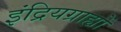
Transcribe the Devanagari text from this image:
इंद्रियग्राह्यों